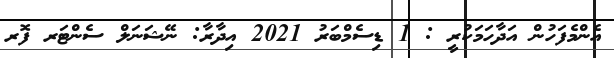
އެންމެފަހުން އަދާހަމަކުރީ : 1 ޑިސެމްބަރު 2021 އިދާރާ: ނޭޝަނަލް ސެންޓަރ ފޮރ